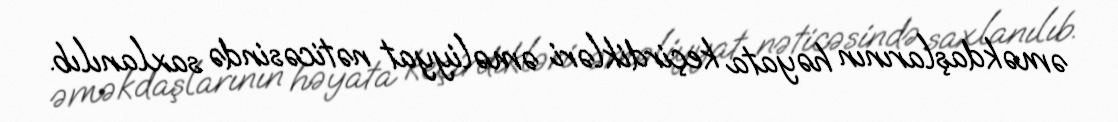
əməkdaşlarının həyata keçirdikləri əməliyyat nəticəsində saxlanılıb.